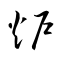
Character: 炉